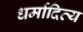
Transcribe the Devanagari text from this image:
धर्मादित्य